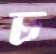
ঢ